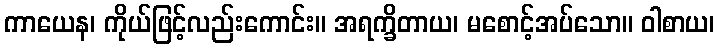
ကာယေန၊ ကိုယ်ဖြင့်လည်းကောင်း။ အရက္ခိတာယ၊ မစောင့်အပ်သော။ ဝါစာယ၊